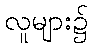
လူများ၌